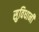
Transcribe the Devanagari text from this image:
सुविधानी